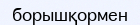
борышқормен